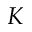
K